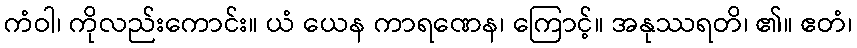
ကံဝါ၊ ကိုလည်းကောင်း။ ယံ ယေန ကာရဏေန၊ ကြောင့်။ အနုဿရတိ၊ ၏။ ဧတံ၊